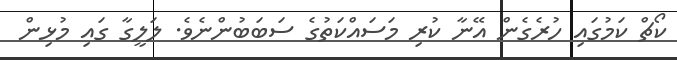
ކޯޗް ކަމުގައި ހުރެގެން އޭނާ ކުރި މަސައްކަތުގެ ސަބަބުންނެވެ. ލަލީގާ ގައި މުޅިން